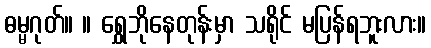
ဓမ္မဂုတ်။ ။ ရွှေဘိုနေတုန်းမှာ သရိုင် မပြန်ရဘူးလား။